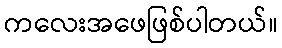
ကလေးအဖေဖြစ်ပါတယ်။